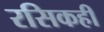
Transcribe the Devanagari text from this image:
रसिकही